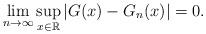
LaTeX: \begin{align*}\lim_{n\to \infty}\sup_{x\in\mathbb{R}}|G(x)-G_{n}(x)| = 0.\end{align*}